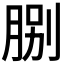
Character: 𦛺